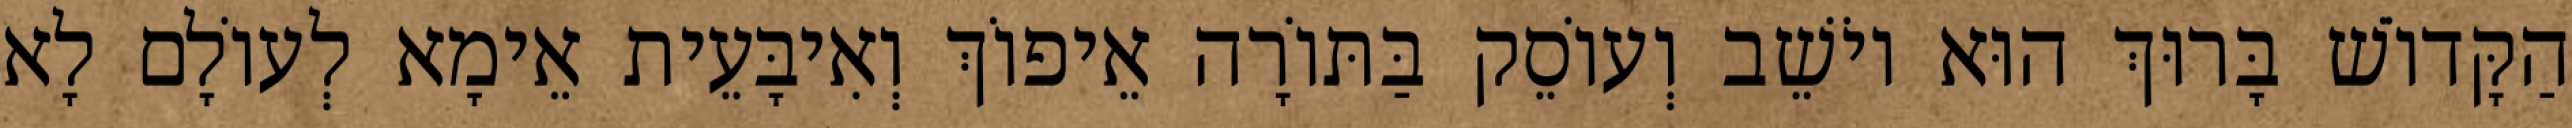
הַקָּדוֹשׁ בָּרוּךְ הוּא יוֹשֵׁב וְעוֹסֵק בַּתּוֹרָה אֵיפוֹךְ וְאִיבָּעֵית אֵימָא לְעוֹלָם לָא